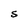
Character: S